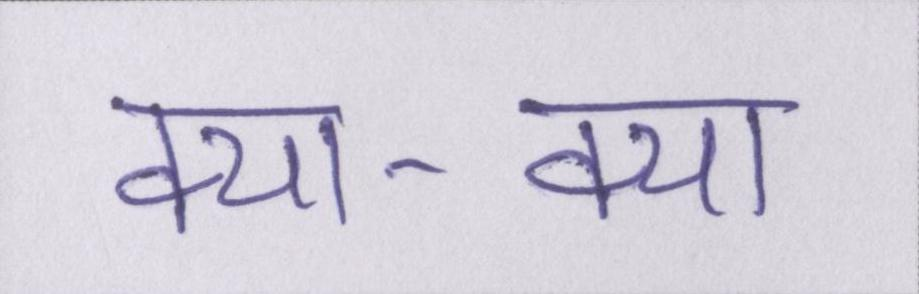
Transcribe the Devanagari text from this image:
क्या-क्या